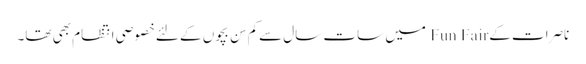
ناصرات کے Fun Fair میں سات سال سےکم سِن بچوں کے لئےخصوصی انتظام بھی تھا۔